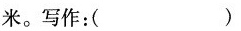
米。写作：()